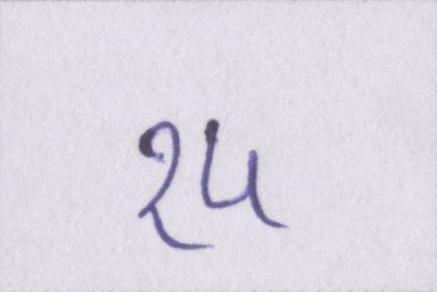
१५